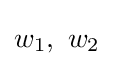
w_{1},\,\,w_{2}